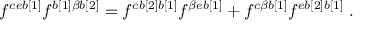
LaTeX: f ^ { c e b [ 1 ] } f ^ { { b [ 1 ] \beta b [ 2 ] } } = f ^ { c b [ 2 ] b [ 1 ] } f ^ { { \beta e b [ 1 ] } } + f ^ { { c \beta b [ 1 ] } } f ^ { e b [ 2 ] b [ 1 ] } \; .